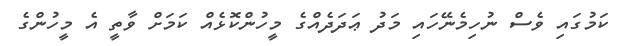
ކަމުގައި ވެސް ނުހިމެނޭހައި މަދު ޢަދަދެއްގެ މީހުންކޮޅެއް ކަމަށް ވާތީ އެ މީހުންގެ